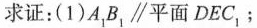
求证：(1)A_{1}B_{1}\parallel平面DEC_{1};